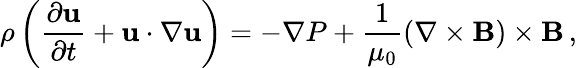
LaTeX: \rho\left({\frac{\partial{\mathbf u}}{\partial t}}+{\mathbf u}\cdot\nabla{\mathbf u}\right)=-\nabla P+{\frac{1}{\mu_{0}}}(\nabla\times{\mathbf B})\times{\mathbf B}\, ,